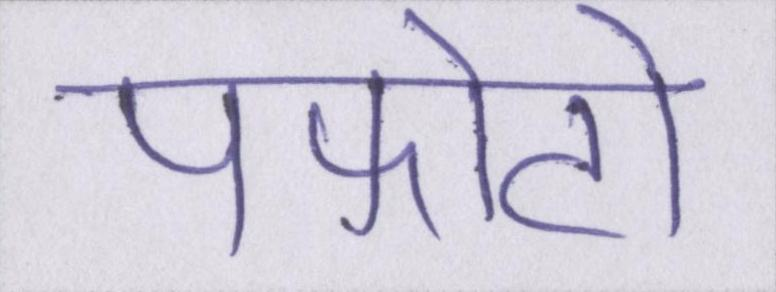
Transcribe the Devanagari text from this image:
पफोटो